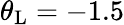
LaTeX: \theta_{\mathrm{L}}=-1.5